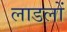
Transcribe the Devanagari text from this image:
लाडलों